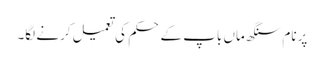
پرنام سنگھ ماں باپ کے حکم کی تعمیل کرنے لگا۔